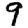
Digit: 9